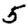
Digit: 5